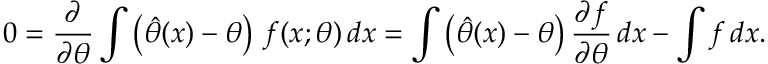
0 = { \frac { \partial } { \partial \theta } } \int \left( { \hat { \theta } } ( x ) - \theta \right) \, f ( x ; \theta ) \, d x = \int \left( { \hat { \theta } } ( x ) - \theta \right) { \frac { \partial f } { \partial \theta } } \, d x - \int f \, d x .